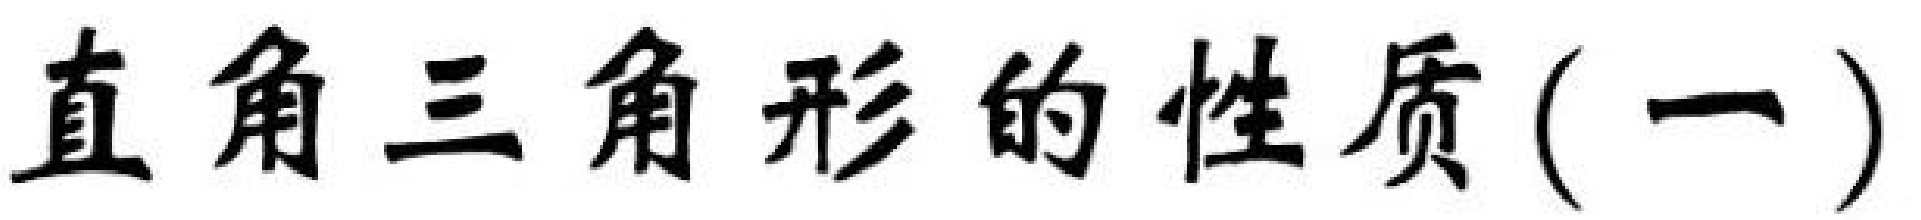
直角三角形的性质(一)